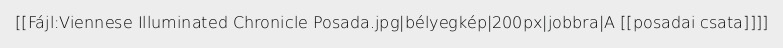
[[Fájl:Viennese Illuminated Chronicle Posada.jpg|bélyegkép|200px|jobbra|A [[posadai csata]]]]